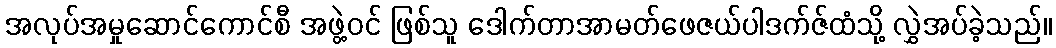
အလုပ်အမှုဆောင်ကောင်စီ အဖွဲ့ဝင် ဖြစ်သူ ဒေါက်တာအာမတ်ဖေဇယ်ပါဒက်ဇ်ထံသို့ လွှဲအပ်ခဲ့သည်။